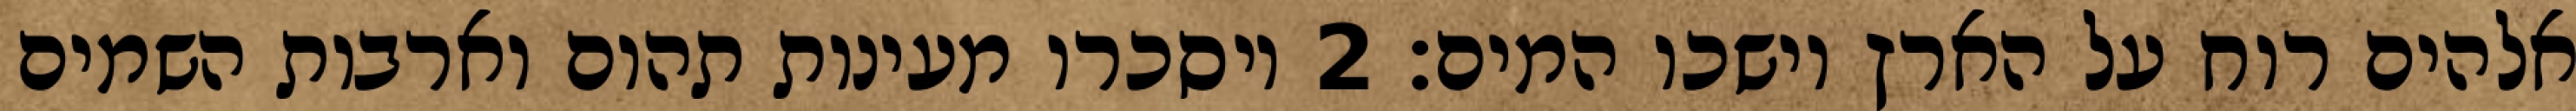
אלהים רוח על הארץ וישכו המים׃ ‎2‏ ויסכרו מעינות תהום וארבות השמים